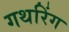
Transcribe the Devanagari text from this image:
गथरिंग